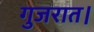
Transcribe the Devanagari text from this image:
गुजरात।